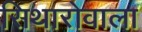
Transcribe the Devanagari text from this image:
सिथारोवाला